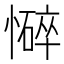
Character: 𢣃